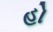
હો